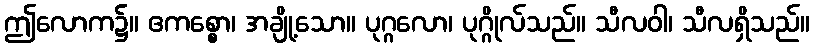
ဤလောက၌။ ဧကစ္စော၊ အချို့သော။ ပုဂ္ဂလော၊ ပုဂ္ဂိုလ်သည်။ သီလဝါ၊ သီလရှိသည်။